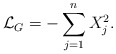
\begin{align*} \mathcal{L}_G=-\sum_{j=1}^nX_j^2.\end{align*}